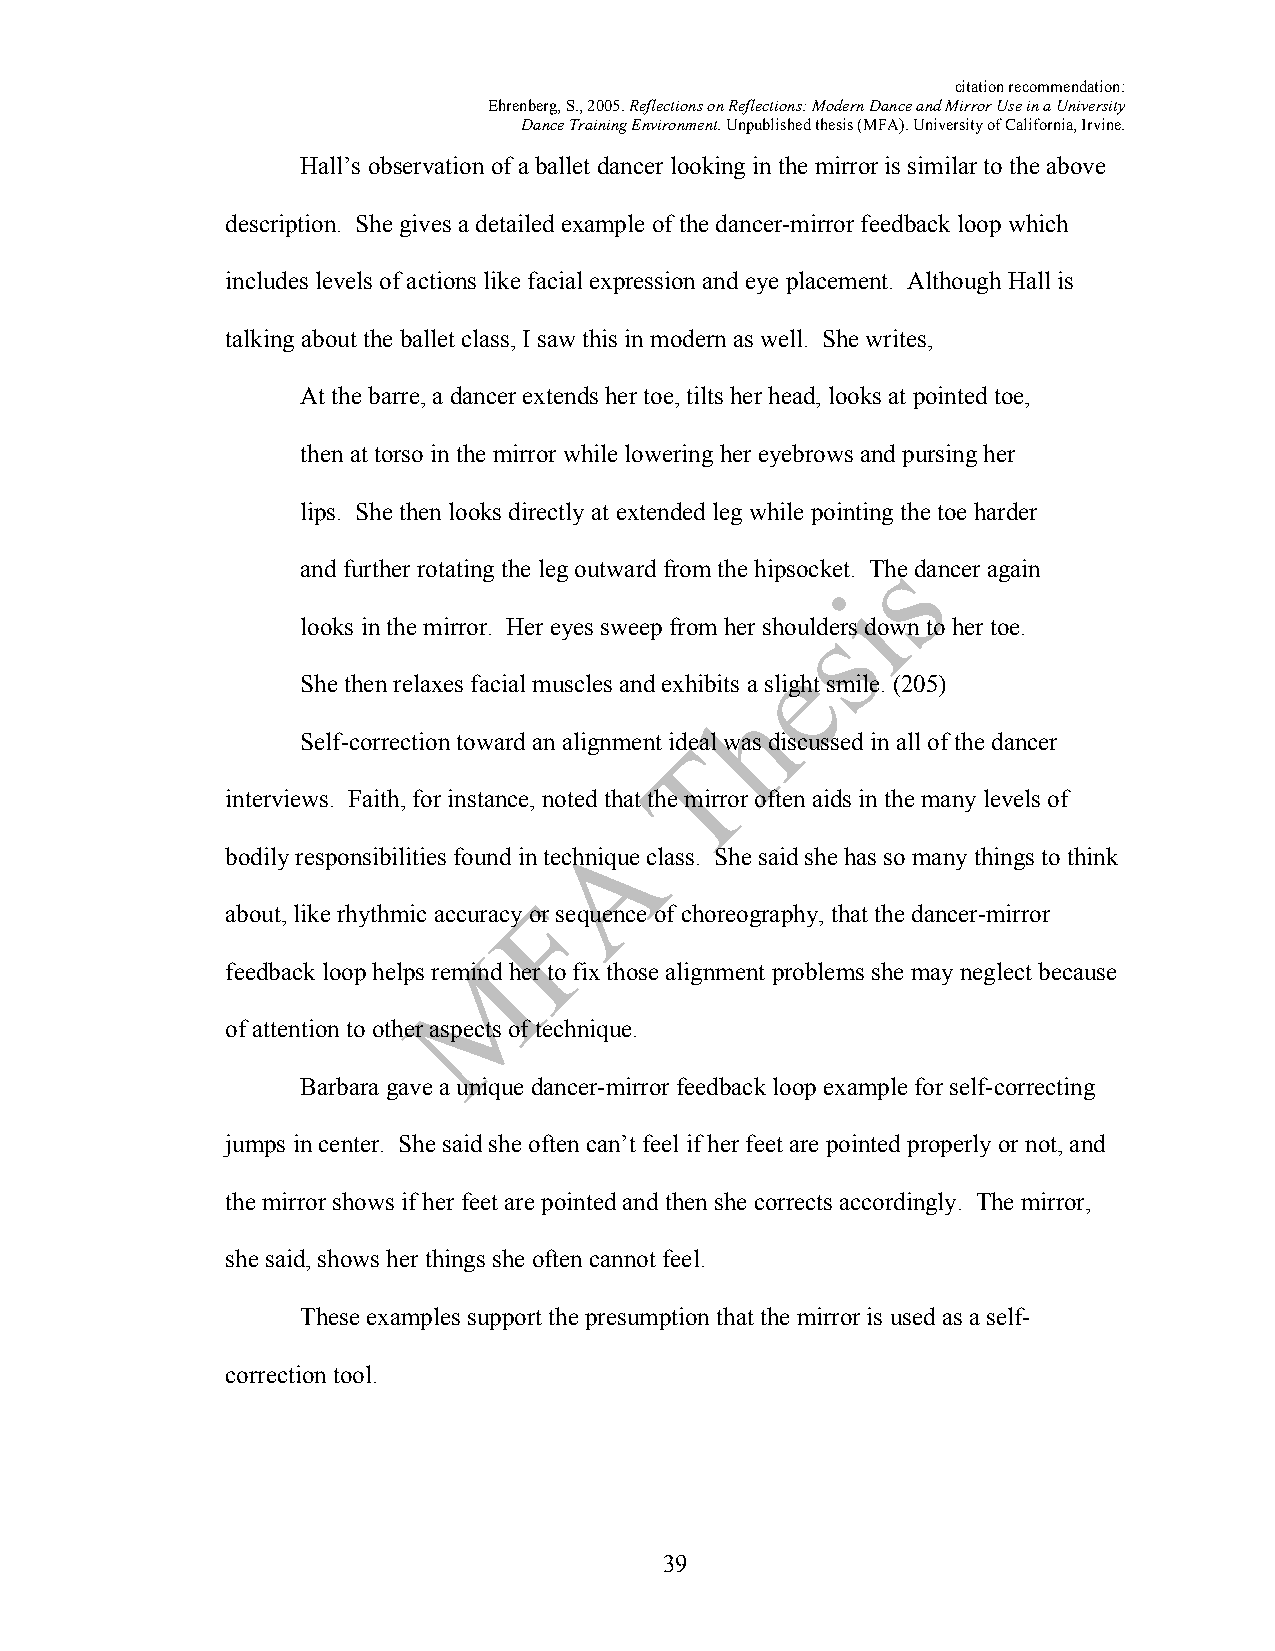
citation recommendation:
 Ehrenberg, S., 2005. Reflections on Reflections: Modern Dance and Mirror Use in a University
 Dance Training Environment. Unpublished thesis (MFA). University of California, Irvine.
 Hall’s observation of a ballet dancer looking in the mirror is similar to the above
 description. She gives a detailed example of the dancer-mirror feedback loop which
 includes levels of actions like facial expression and eye placement. Although Hall is
 talking about the ballet class, I saw this in modern as well. She writes,
 At the barre, a dancer extends her toe, tilts her head, looks at pointed toe,
 then at torso in the mirror while lowering her eyebrows and pursing her
 lips. She then looks directly at extended leg while pointing the toe harder
 and further rotating the leg outward from the hipsocket. The dancer again
 looks in the mirror. Her eyes sweep from her shoulders down to her toe.
 She then relaxes facial muscles and exhibits a slight smile. (205)
 Self-correction toward an alignment ideal was discussed in all of the dancer
 interviews. Faith, for instance, noted that the mirror often aids in the many levels of
 bodily responsibilities found in technique class. She said she has so many things to think
 about, like rhythmic accuracy or sequence of choreography, that the dancer-mirror
 feedback loop helps remind her to fix those alignment problems she may neglect because
 of attention to other aspects of technique.
 Barbara gave a unique dancer-mirror feedback loop example for self-correcting
 jumps in center. She said she often can’t feel if her feet are pointed properly or not, and
 the mirror shows if her feet are pointed and then she corrects accordingly. The mirror,
 she said, shows her things she often cannot feel.
 These examples support the presumption that the mirror is used as a self-
 correction tool.
 39